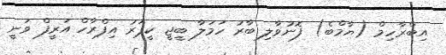
އިބްރާހިމް (ޔާމްބެ) ފޮނުވާލި ބާރު ހަމަލާ ބީޖީ ކީޕަރު އިފްރާހް އަރީފް ވަނީ